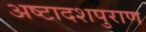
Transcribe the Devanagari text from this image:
अष्टादशपुराण